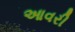
આવરી